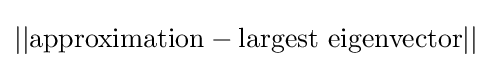
||{\text{approximation}}-{\text{largest eigenvector}}||